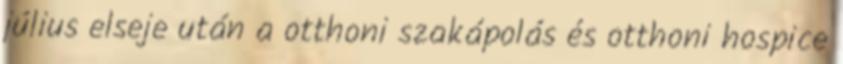
július elseje után a otthoni szakápolás és otthoni hospice